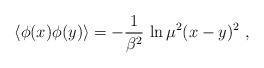
LaTeX: \begin{align*}\left\langle\phi(x)\phi(y)\right\rangle=-\frac{1}{\beta^2}\,\ln \mu^2(x-y)^2\ ,\end{align*}